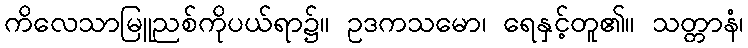
ကိလေသာမြူညစ်ကိုပယ်ရာ၌။ ဥဒကသမော၊ ရေနှင့်တူ၏။ သတ္တာနံ၊